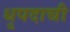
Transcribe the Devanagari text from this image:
धृपदाची